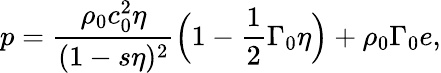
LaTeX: p=\frac{\rho_{0}c_{0}^{2}\eta}{(1-s\eta)^{2}}\Big(1-\frac{1}{2}\Gamma_{0}\eta\Big)+\rho_{0}\Gamma_{0}e,